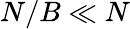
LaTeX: N/B\ll N